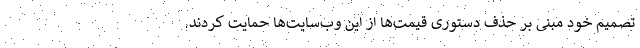
تصمیم خود مبنی بر حذف دستوری قیمت‌ها از این وب‌سایت‌ها حمایت کردند.